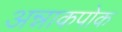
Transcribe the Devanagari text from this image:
अन्नाकपोक